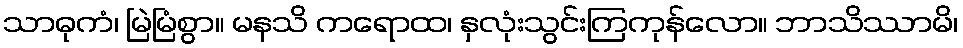
သာဓုကံ၊ မြဲမြံစွာ။ မနသိ ကရောထ၊ နှလုံးသွင်းကြကုန်လော။ ဘာသိဿာမိ၊